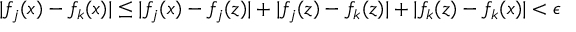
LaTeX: | f _ { j } ( x ) - f _ { k } ( x ) | \leq | f _ { j } ( x ) - f _ { j } ( z ) | + | f _ { j } ( z ) - f _ { k } ( z ) | + | f _ { k } ( z ) - f _ { k } ( x ) | < \epsilon